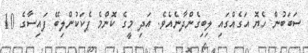
ސަބަބުން ހެޔޮ އަގެއްގައި ލިބިގެންދާނެއެވެ. އަދި މީގެ ކޮންމެ ޕެކަކުންލިބޭ ފައިސާގެ 10